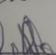
Signature authenticity: genuine